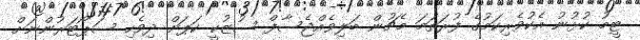
ޓީމު ކުޅުނު އެކުވެރިކަމުގެ ފުރަތަމަ މެޗުން ބަލިވެއްޖެސާފް ސުޒުކީ ކަޕަށް ދިވެހި ސަޕޯޓަރުންނަށް